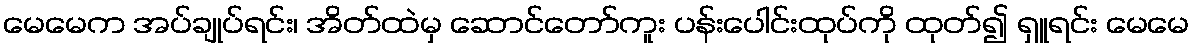
မေမေက အပ်ချုပ်ရင်း၊ အိတ်ထဲမှ ဆောင်တော်ကူး ပန်းပေါင်းထုပ်ကို ထုတ်၍ ရှူရင်း မေမေ